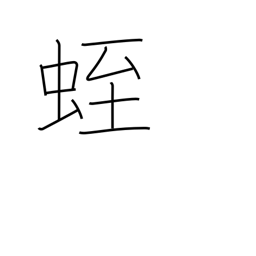
Meaning: leech